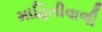
માહિતીવાળી